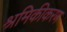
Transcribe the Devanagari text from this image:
श्रमिकीकरण